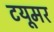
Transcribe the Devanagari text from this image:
टयूमर